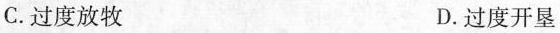
C.过度放牧 D.过度开垦